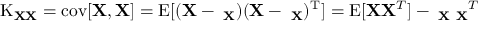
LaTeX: \operatorname { K } _ { \mathbf { X } \mathbf { X } } = \operatorname { c o v } [ \mathbf { X } , \mathbf { X } ] = \operatorname { E } [ ( \mathbf { X } - \mathbf { \mu _ { X } } ) ( \mathbf { X } - \mathbf { \mu _ { X } } ) ^ { \mathrm { { T } } } ] = \operatorname { E } [ \mathbf { X } \mathbf { X } ^ { T } ] - \mathbf { \mu _ { X } } \mathbf { \mu _ { X } } ^ { T }